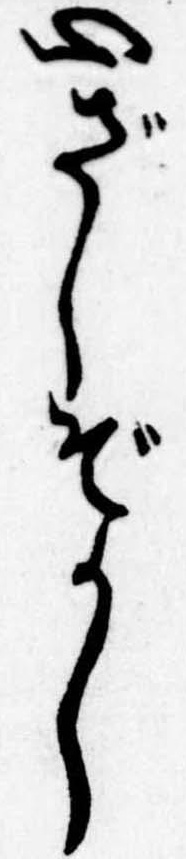
心ざしぞかし